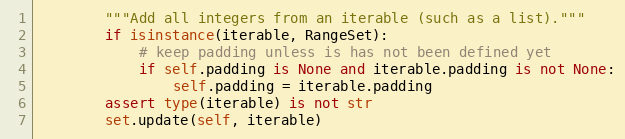
Language: Python
        """Add all integers from an iterable (such as a list)."""
        if isinstance(iterable, RangeSet):
            # keep padding unless is has not been defined yet
            if self.padding is None and iterable.padding is not None:
                self.padding = iterable.padding
        assert type(iterable) is not str
        set.update(self, iterable)